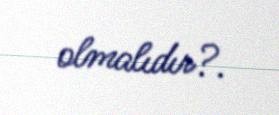
olmalıdır?.